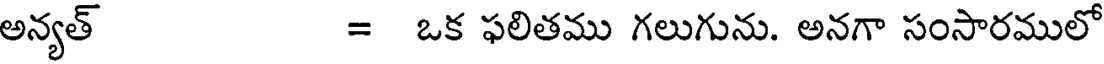
అన్యత్ = ఒక ఫలితము గలుగును. అనగా సంసారములో